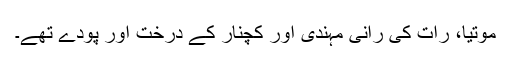
موتیا، رات کی رانی مہندی اور کچنار کے درخت اور پودے تھے۔